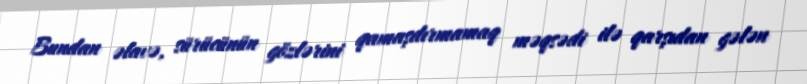
Bundan əlavə, sürücünün gözlərini qamaşdırmamaq məqsədi ilə qarşıdan gələn